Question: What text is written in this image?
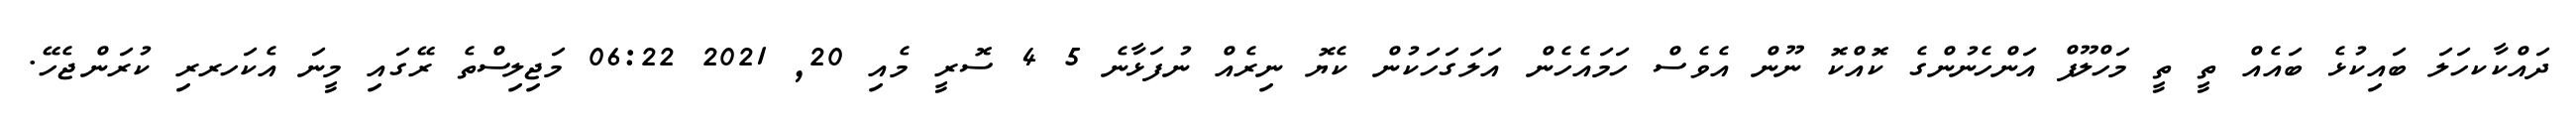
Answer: ދައްކާކހަލަ ބައިކުޅެ ބައެއް ތީ ތީ މަހްލޫފް އަންހެނުންގެ ކޮއްކޮ ނޫން އެވެސް ހަމައެހެން އަލަގަހަކުން ކެޔޮ ނިރެއް ނުފަޅާނެ 5 4 ސޮރީ މެއި 20, 2021 06:22 މަޖިލިސްތެ ރޭގައި މީނަ އެކަހރރި ކުރަންޖެހޭ.